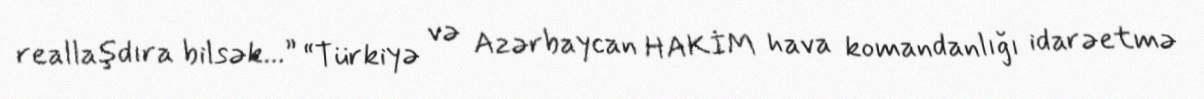
reallaşdıra bilsək...” “Türkiyə və Azərbaycan HAKİM hava komandanlığı idarəetmə